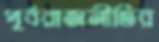
পূর্বরাজনীতির